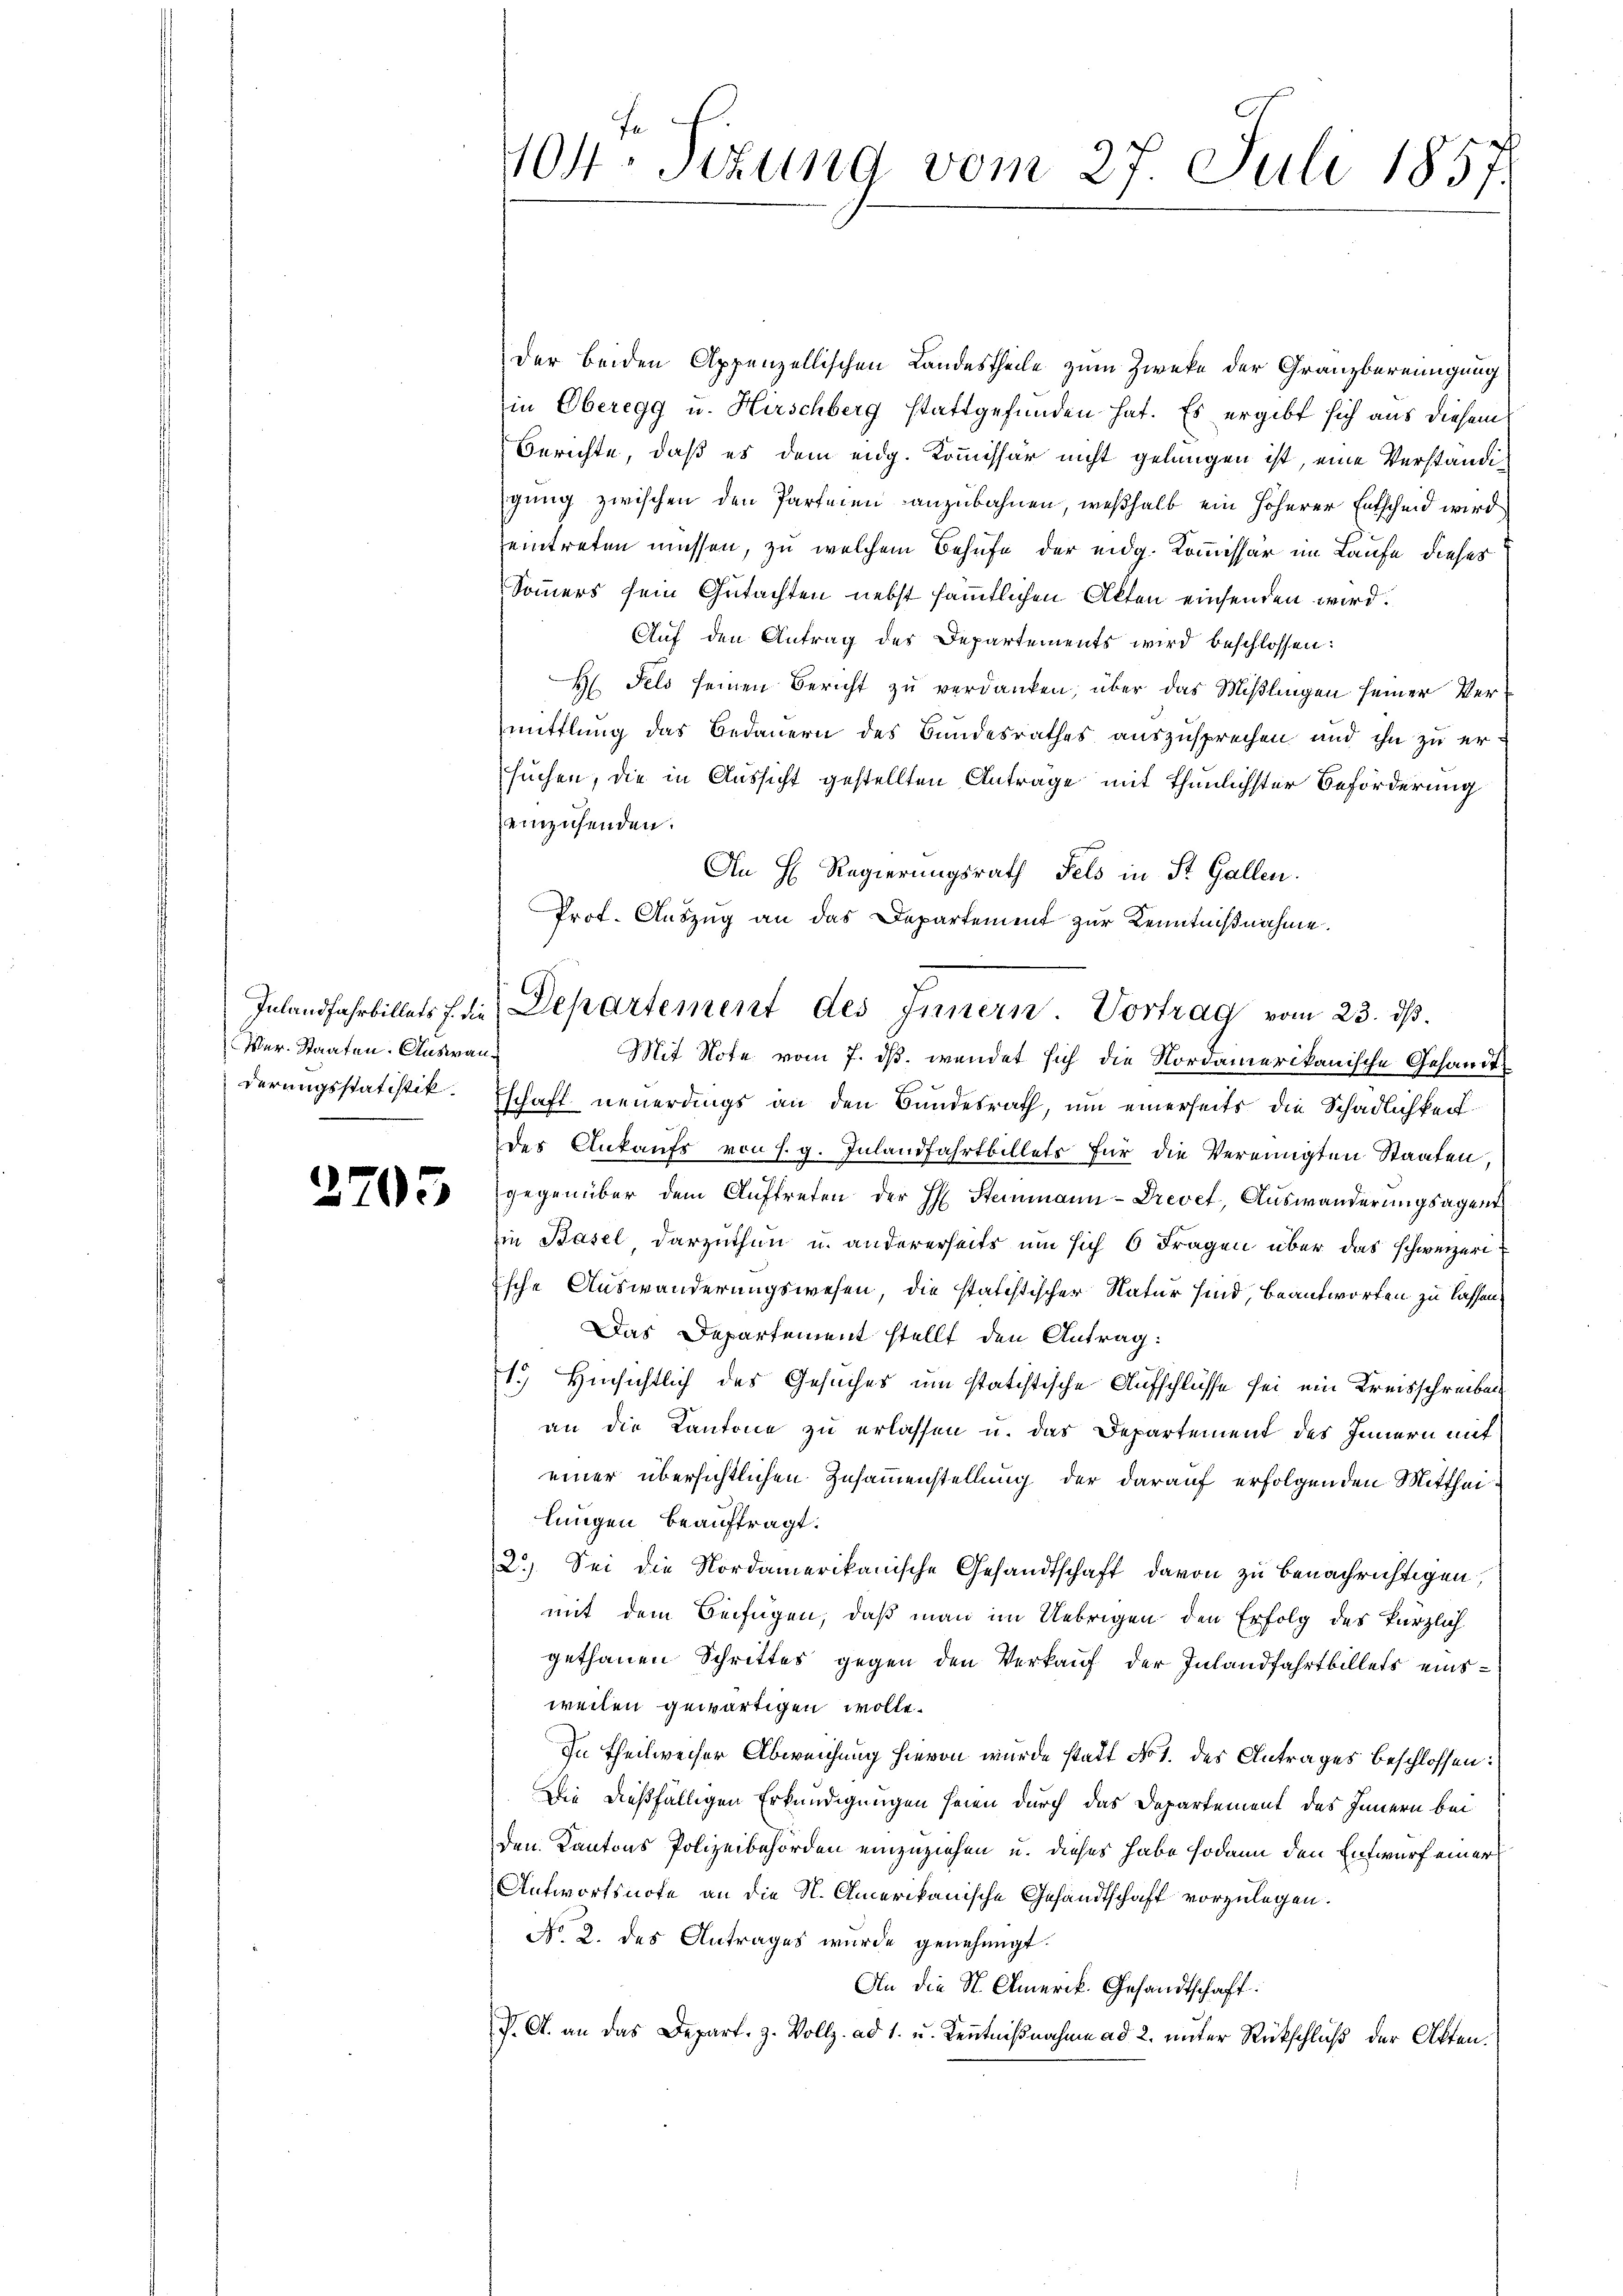
Ver. Staaten. Auswanderungsstatistik.

2705

404. Sitzung vom 27. Juli 1857.

Der beiden Appenzellischen Landestheile zum Zweke der Granzbereinigung
in Oberegg u. Hirschberg stattgefunden hat. Es ergibt sich aus diesem
Berichte, daß es dem eidg. Kommissär nicht gelungen ist, eine Verständigung zwischen den Parteien anzubahnen, weßhalb ein höherer Entscheid wird
eintreten müssen, zu welchem Behufe der eidg. Kommissär im Laufe dieses
Sommers sein Gutachten nebst sämmtlichen Akten einsenden wird.
Auf den Antrag des Departements wird beschlossen:
H. Fels seinen Bericht zu verdanken, über das Mißlingen seiner Vermittlung das Bedauern des Bundesrathes auszusprechen und ihn zu ersuchen, die in Aussicht gestellten Anträge mit thunlichster Beförderung
einzusenden.
An H. Regierungsrath Fels in St. Gallen.
Prof. Auszug an das Departement zur Kenntnißnahme.
Mit Note vom 7. ds. wendet sich die Nordamerikanische Gesandts
schaft neuerdings an den Bundesrath, um einerseits die Schädlichkeitdes Ankaufs von s. g. Inlandfahrtbillets für die Vereinigten Staaten,
gegenüber dem Auftreten der H. Steinmann-Drevet, Auswanderungsagend
in Basel darzuthen u. andererseits um sich 6 Fragen über das schweizeri
ische Auswanderungswesen, die statistischer Natur sind, beantworten zu lassen,
Das Departement stellt den Antrag:
1.) Hinsichtlich des Gesuches um statistische Aufschlüsse sei ein Kreisschreiben
an die Kantone zu erlassen u. das Departement des Innern mit
einer übersichtlichen Zusammenstellung der darauf erfolgenden Mittheilungen beauftragt.
2. Sei die Nordamerikanische Gesandtschaft davon zu benachrichtigen,
mit dem Beifügen, daß man im Uebrigen den Erfolg des kürzlich
gethanen Schrittes gegen den Verkauf der Inlandfahrtbillets einsweilen gewärtigen wolle.
In Theilweiser Abweichung hievon wurde statt No 1. des Antrages beschlossen:
Die dießfälligen Erkundigungen seien durch das Departement des Innern bei
den Kantons Polizeibehörden einzuziehen u. dieses habe sodann den Entwurf einer
Antwortsnote an die N. Omerikanische Gesandtschaft vorzulegen.
No 2. des Antrages wurde genehmigt.
An die St. Amerik. Gesandtschaft.
P. A. an das Depart, z. Vollz. ad 1. u. Kenntnißnahme ad 2. unter Rückschluß der Akten.

Inlandfahrbillets 7. die Departement des Innern. Vortrag vom 23. dβ.